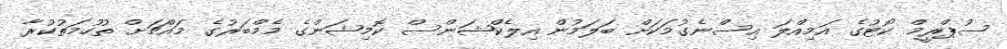
ސުޕްރީމް ކޯޓުގެ އަމިއްލަ އިސްނެގުމަކަށް ބަލަމުން އިލެކްޝަންސް ކޮމިޝަންގެ މެމްބަރުގެ މައްޗަށް ތުހުމަތުކުރާ